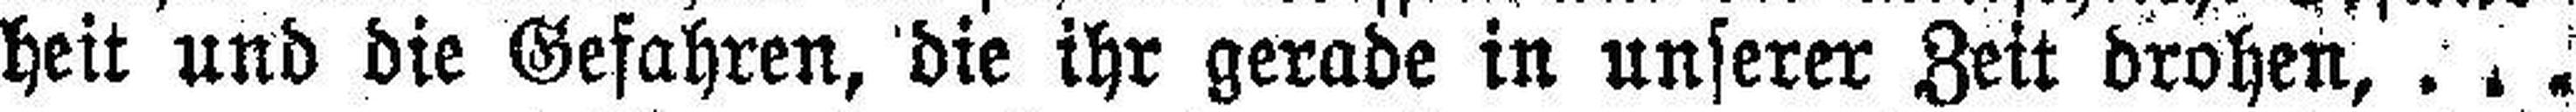
heit und die Gefahren, die ihr gerade in unserer Zeit drohen,